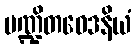
ပဏ္ဍိတဝေဒနိယံ